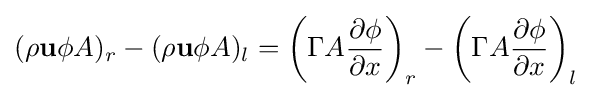
(\rho \mathbf {u} \phi A)_{r}-(\rho \mathbf {u} \phi A)_{l}=\left(\Gamma A{\frac {\partial \phi }{\partial x}}\right)_{r}-\left(\Gamma A{\frac {\partial \phi }{\partial x}}\right)_{l}